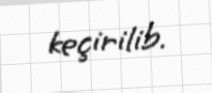
keçirilib.